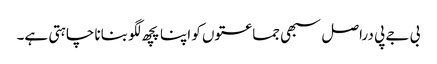
بی جے پی دراصل سبھی جماعتوں کو اپنا پچھ لگو بنانا چاہتی ہے۔